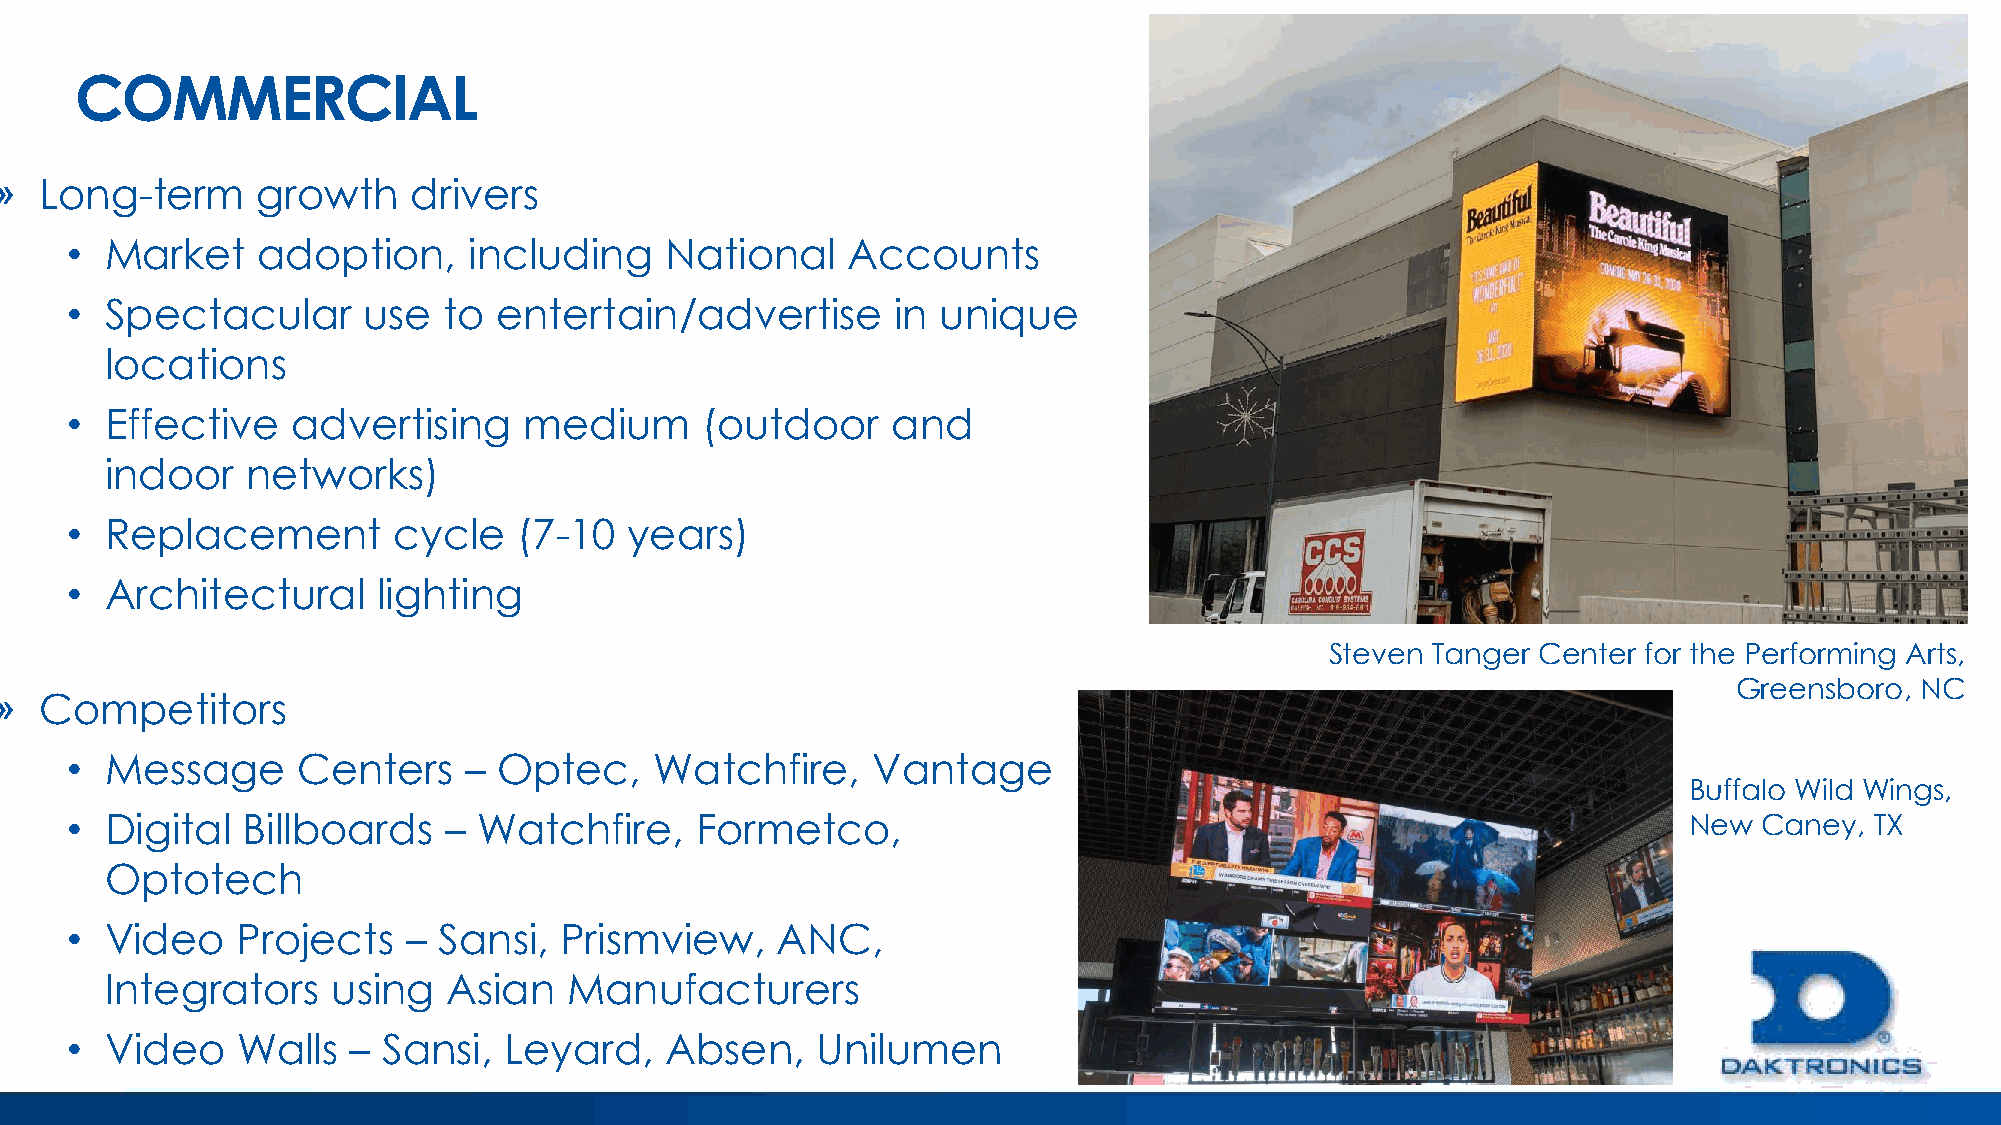
COMMERCIAL
 »  Long-term     growth    drivers
 •  Market    adoption,     including    National    Accounts
 •  Spectacular      use  to  entertain/advertise       in unique
 locations
 •  Effective   advertising     medium     (outdoor     and
 indoor   networks)
 •  Replacement        cycle   (7-10   years)
 •  Architectural     lighting
 Steven Tanger Center for the Performing Arts,
 Greensboro, NC
 »  Competitors
 •  Message      Centers    – Optec,    Watchfire,     Vantage
 Buffalo Wild Wings,
 •  Digital  Billboards   –  Watchfire,    Formetco,                                                         New  Caney, TX
 Optotech
 •  Video    Projects   – Sansi,  Prismview,    ANC,
 Integrators    using   Asian   Manufacturers
 •  Video    Walls  – Sansi,  Leyard,    Absen,    Unilumen